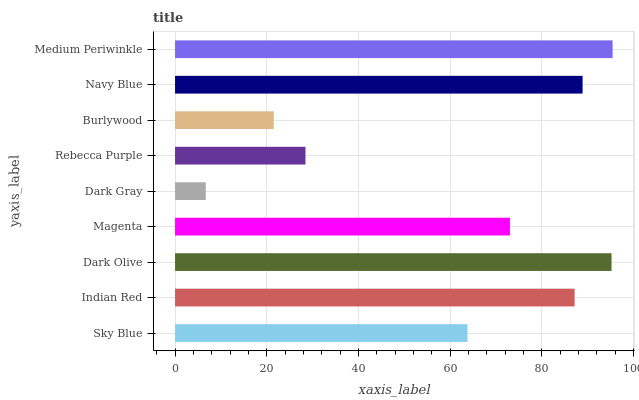
| yaxis_label | bars |
 | --- | --- |
 | Sky Blue | 63.8 |
 | Indian Red | 87.2 |
 | Dark Olive | 95.2 |
 | Magenta | 73.1 |
 | Dark Gray | 6.7 |
 | Rebecca Purple | 28.5 |
 | Burlywood | 21.5 |
 | Navy Blue | 88.9 |
 | Medium Periwinkle | 95.5 |